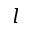
l